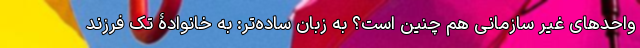
واحدهای غیر سازمانی هم چنین است؟ به زبان ساده‌تر: به خانوادۀ تک فرزند